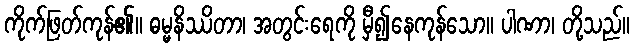
ကိုက်ဖြတ်ကုန်၏။ ဓမ္မနိဿိတာ၊ အတွင်းရေကို မှီ၍နေကုန်သော။ ပါဏာ၊ တို့သည်။